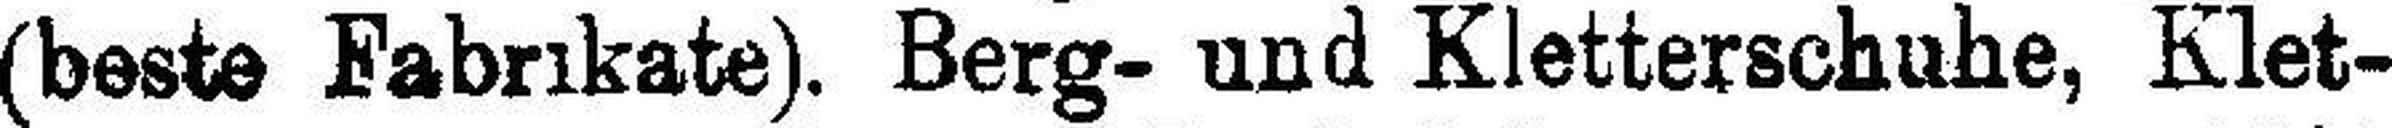
(beste Fabrikate). Berg- und Kletterschuhe, Klet-